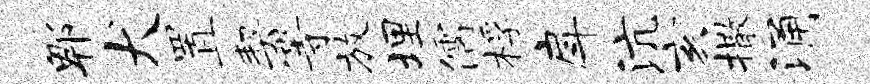
郫犬置契等放埋儒桴戽沆亥撒涌